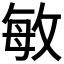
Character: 敏